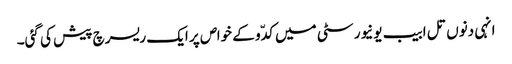
انہی دنوں تل ابیب یونیورسٹی میں کدّو کے خواص پر ایک ریسرچ پیش کی گئی۔